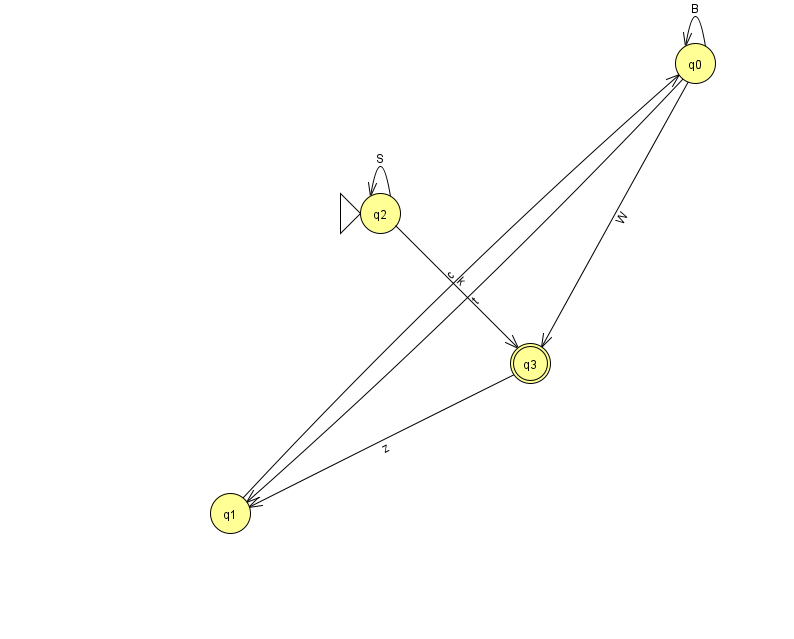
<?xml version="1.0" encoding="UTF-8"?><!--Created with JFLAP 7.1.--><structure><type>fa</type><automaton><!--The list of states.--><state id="0" name="q0"><x>695.0</x><y>50.0</y></state><state id="1" name="q1"><x>230.0</x><y>500.0</y></state><state id="2" name="q2"><x>380.0</x><y>200.0</y><initial/></state><state id="3" name="q3"><x>530.0</x><y>350.0</y><final/></state><!--The list of transitions.--><transition><from>0</from><to>0</to><read>B</read></transition><transition><from>0</from><to>3</to><read>W</read></transition><transition><from>1</from><to>0</to><read>c</read></transition><transition><from>2</from><to>2</to><read>S</read></transition><transition><from>0</from><to>1</to><read>t</read></transition><transition><from>2</from><to>3</to><read>k</read></transition><transition><from>3</from><to>1</to><read>z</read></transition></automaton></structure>